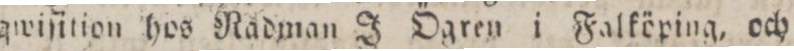
qwiſition hos Nådman J Ögren i Falköping, och